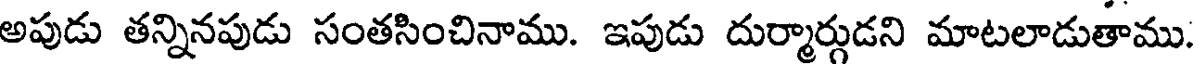
అపుడు తన్నినపుడు సంతసించినాము. ఇపుడు దుర్మార్గుడని మాటలాడుతాము.